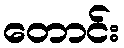
တောင်း